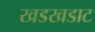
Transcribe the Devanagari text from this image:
खडखडाट